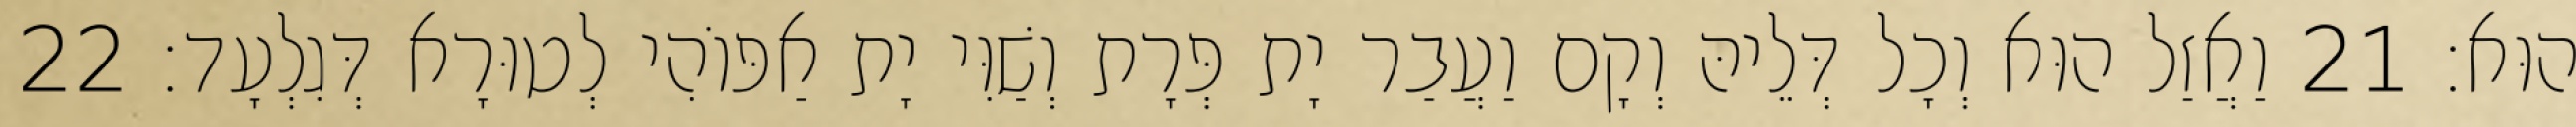
הוּא׃ 21 וַאֲזַל הוּא וְכָל דְּלֵיהּ וְקָם וַעֲבַר יָת פְּרָת וְשַׁוִּי יָת אַפּוֹהִי לְטוּרָא דְּגִלְעָד׃ 22